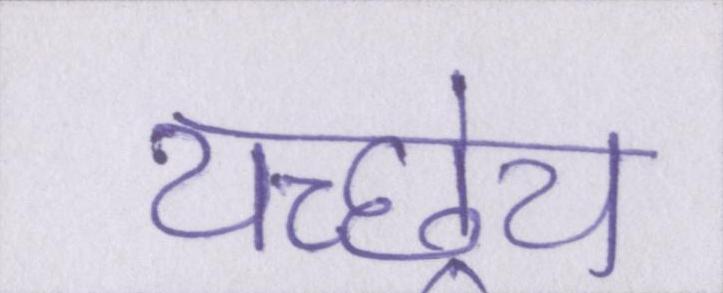
यच्छ्रेय